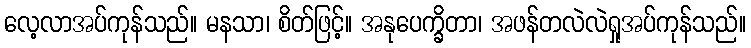
လေ့လာအပ်ကုန်သည်။ မနသာ၊ စိတ်ဖြင့်။ အနုပေက္ခိတာ၊ အဖန်တလဲလဲရှုအပ်ကုန်သည်။